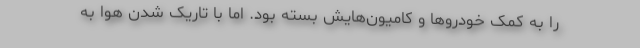
را به کمک خودروها و کامیون‌هایش بسته بود. اما با تاریک شدن هوا به